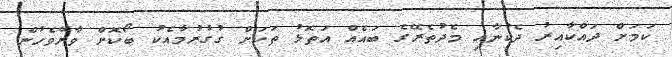
ކަމަށް ދައްކާއިރު ދެކުނާއި މެދުތެރޭގެ ބައެއް އަތޮޅު ތަކަށް ގުގުރުމާއެކު ބޯކޮށް ވާރޭވެހުން